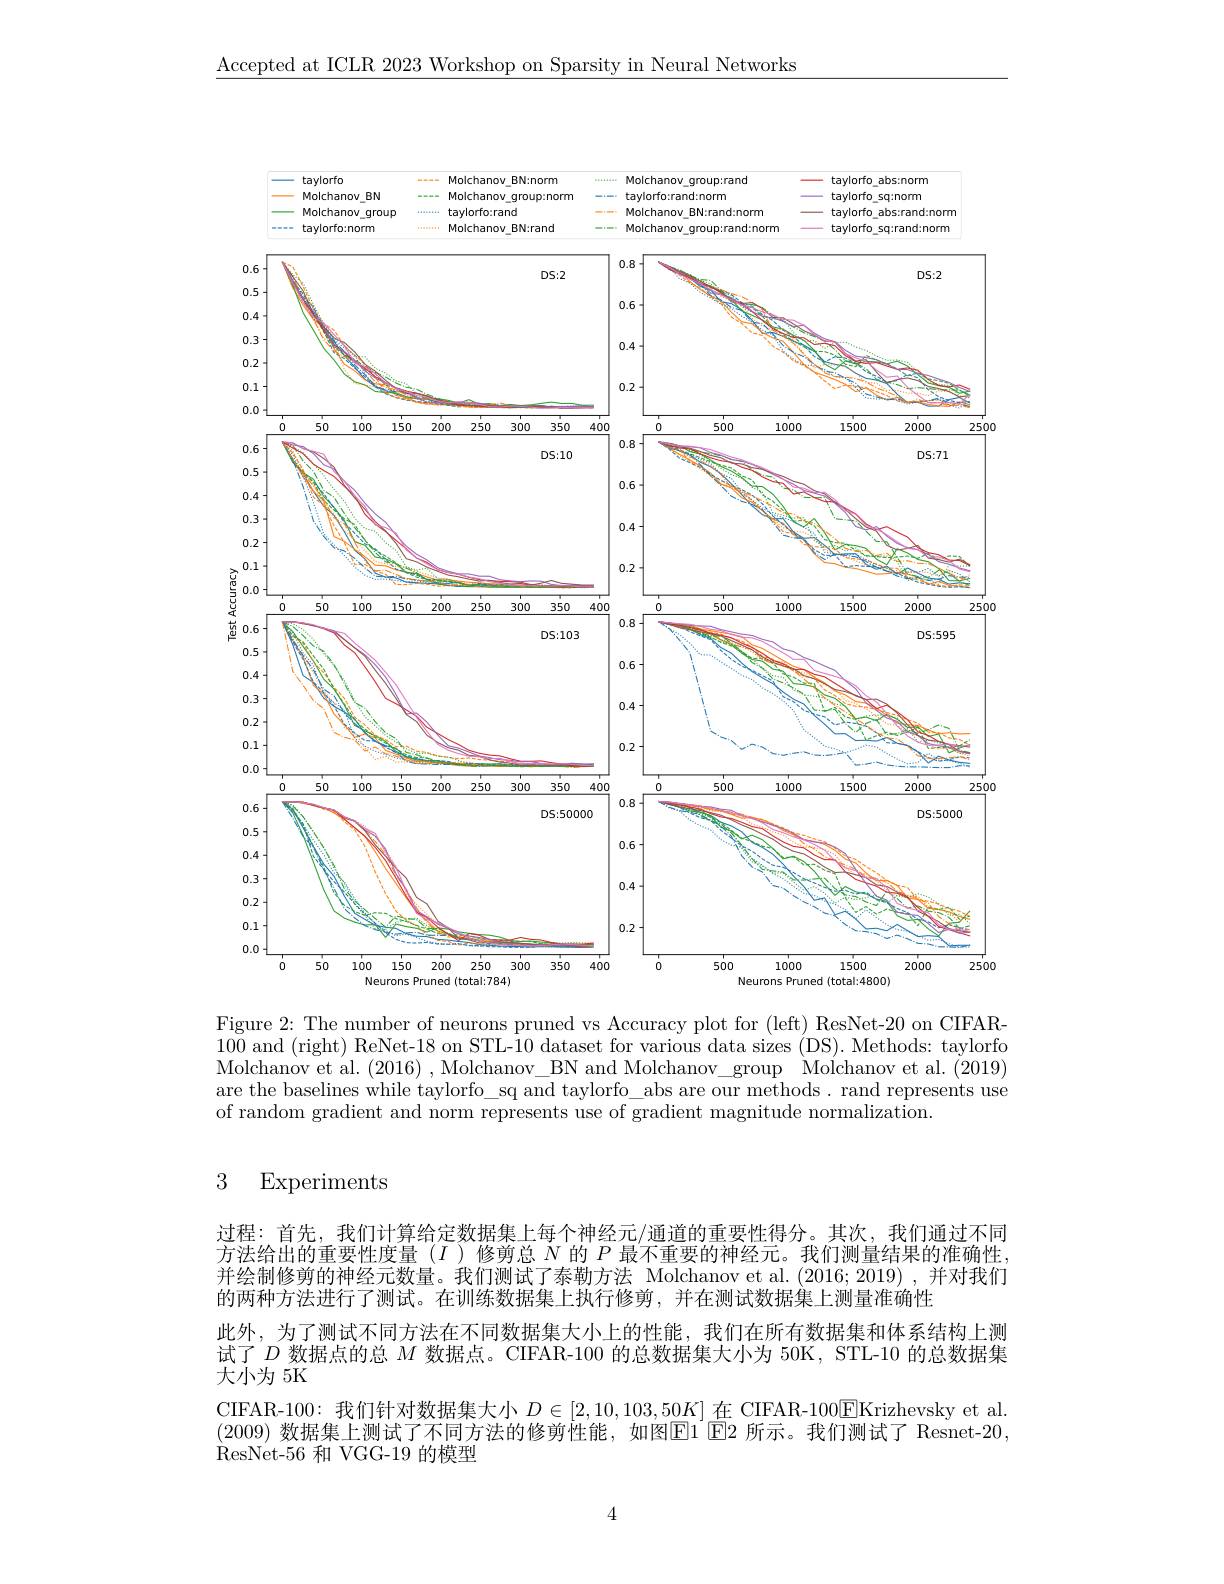
$\underline{\text{Accepted at ICLR 2023 Workshop on Sparsity in Neural Networks}}$

<FigureHere>

Figure 2: The number of neurons pruned vs Accuracy plot for (left) ResNet-20 on CIFAR- 100 and (right) ReNet-18 on STL-10 dataset for various data sizes (DS). Methods: taylorfo Molchanov et al. (2016) , Molchanov\_BN and Molchanov\_group Molchanov et al. (2019) are the baselines while taylorfo\_sq and taylorfo\_abs are our methods. rand represents use of random gradient and norm represents use of gradient magnitude normalization

### 3 Experiments

过程：首先，我们计算给定数据集上每个神经元/通道的重要性得分。其次，我们通过不同方法给出的重要性度量($I$)修剪总$N$的$P$最不重要的神经元。我们测量结果的准确性， 并绘制修剪的神经元数量。我们测试了泰勒方法 Molchanov et al.(2016;2019),并对我们的两种方法进行了测试。在训练数据集上执行修剪，并在测试数据集上测量准确性
此外，为了测试不同方法在不同数据集大小上的性能，我们在所有数据集和体系结构上测试了$D$数据点的总$M$数据点。CIFAR-100 的总数据集大小为 50K, STL-10 的总数据集大小为 5K
CIFAR-100: 我们针对数据集大小$D\in[2,10,103,50K]$在 CIFAR-100$\boxed{\mathrm{E}}$Krizhevsky et al (2009) 数据集上测试了不同方法的修剪性能，如图$\overline{\text{E1}}$▣E2 所示。我们测试了 Resnet-20, ResNet- 56 和 VGG-19 的模型

4